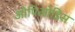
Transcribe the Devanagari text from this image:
ओपिओडिस